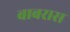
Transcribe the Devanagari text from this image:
बाबरास